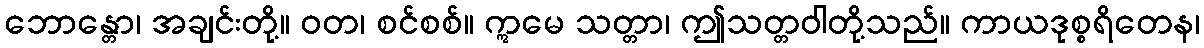
ဘောန္တော၊ အချင်းတို့။ ဝတ၊ စင်စစ်။ ဣမေ သတ္တာ၊ ဤသတ္တဝါတို့သည်။ ကာယဒုစ္စရိတေန၊